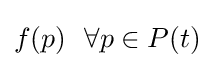
f(p)\ \ \forall p\in P(t)